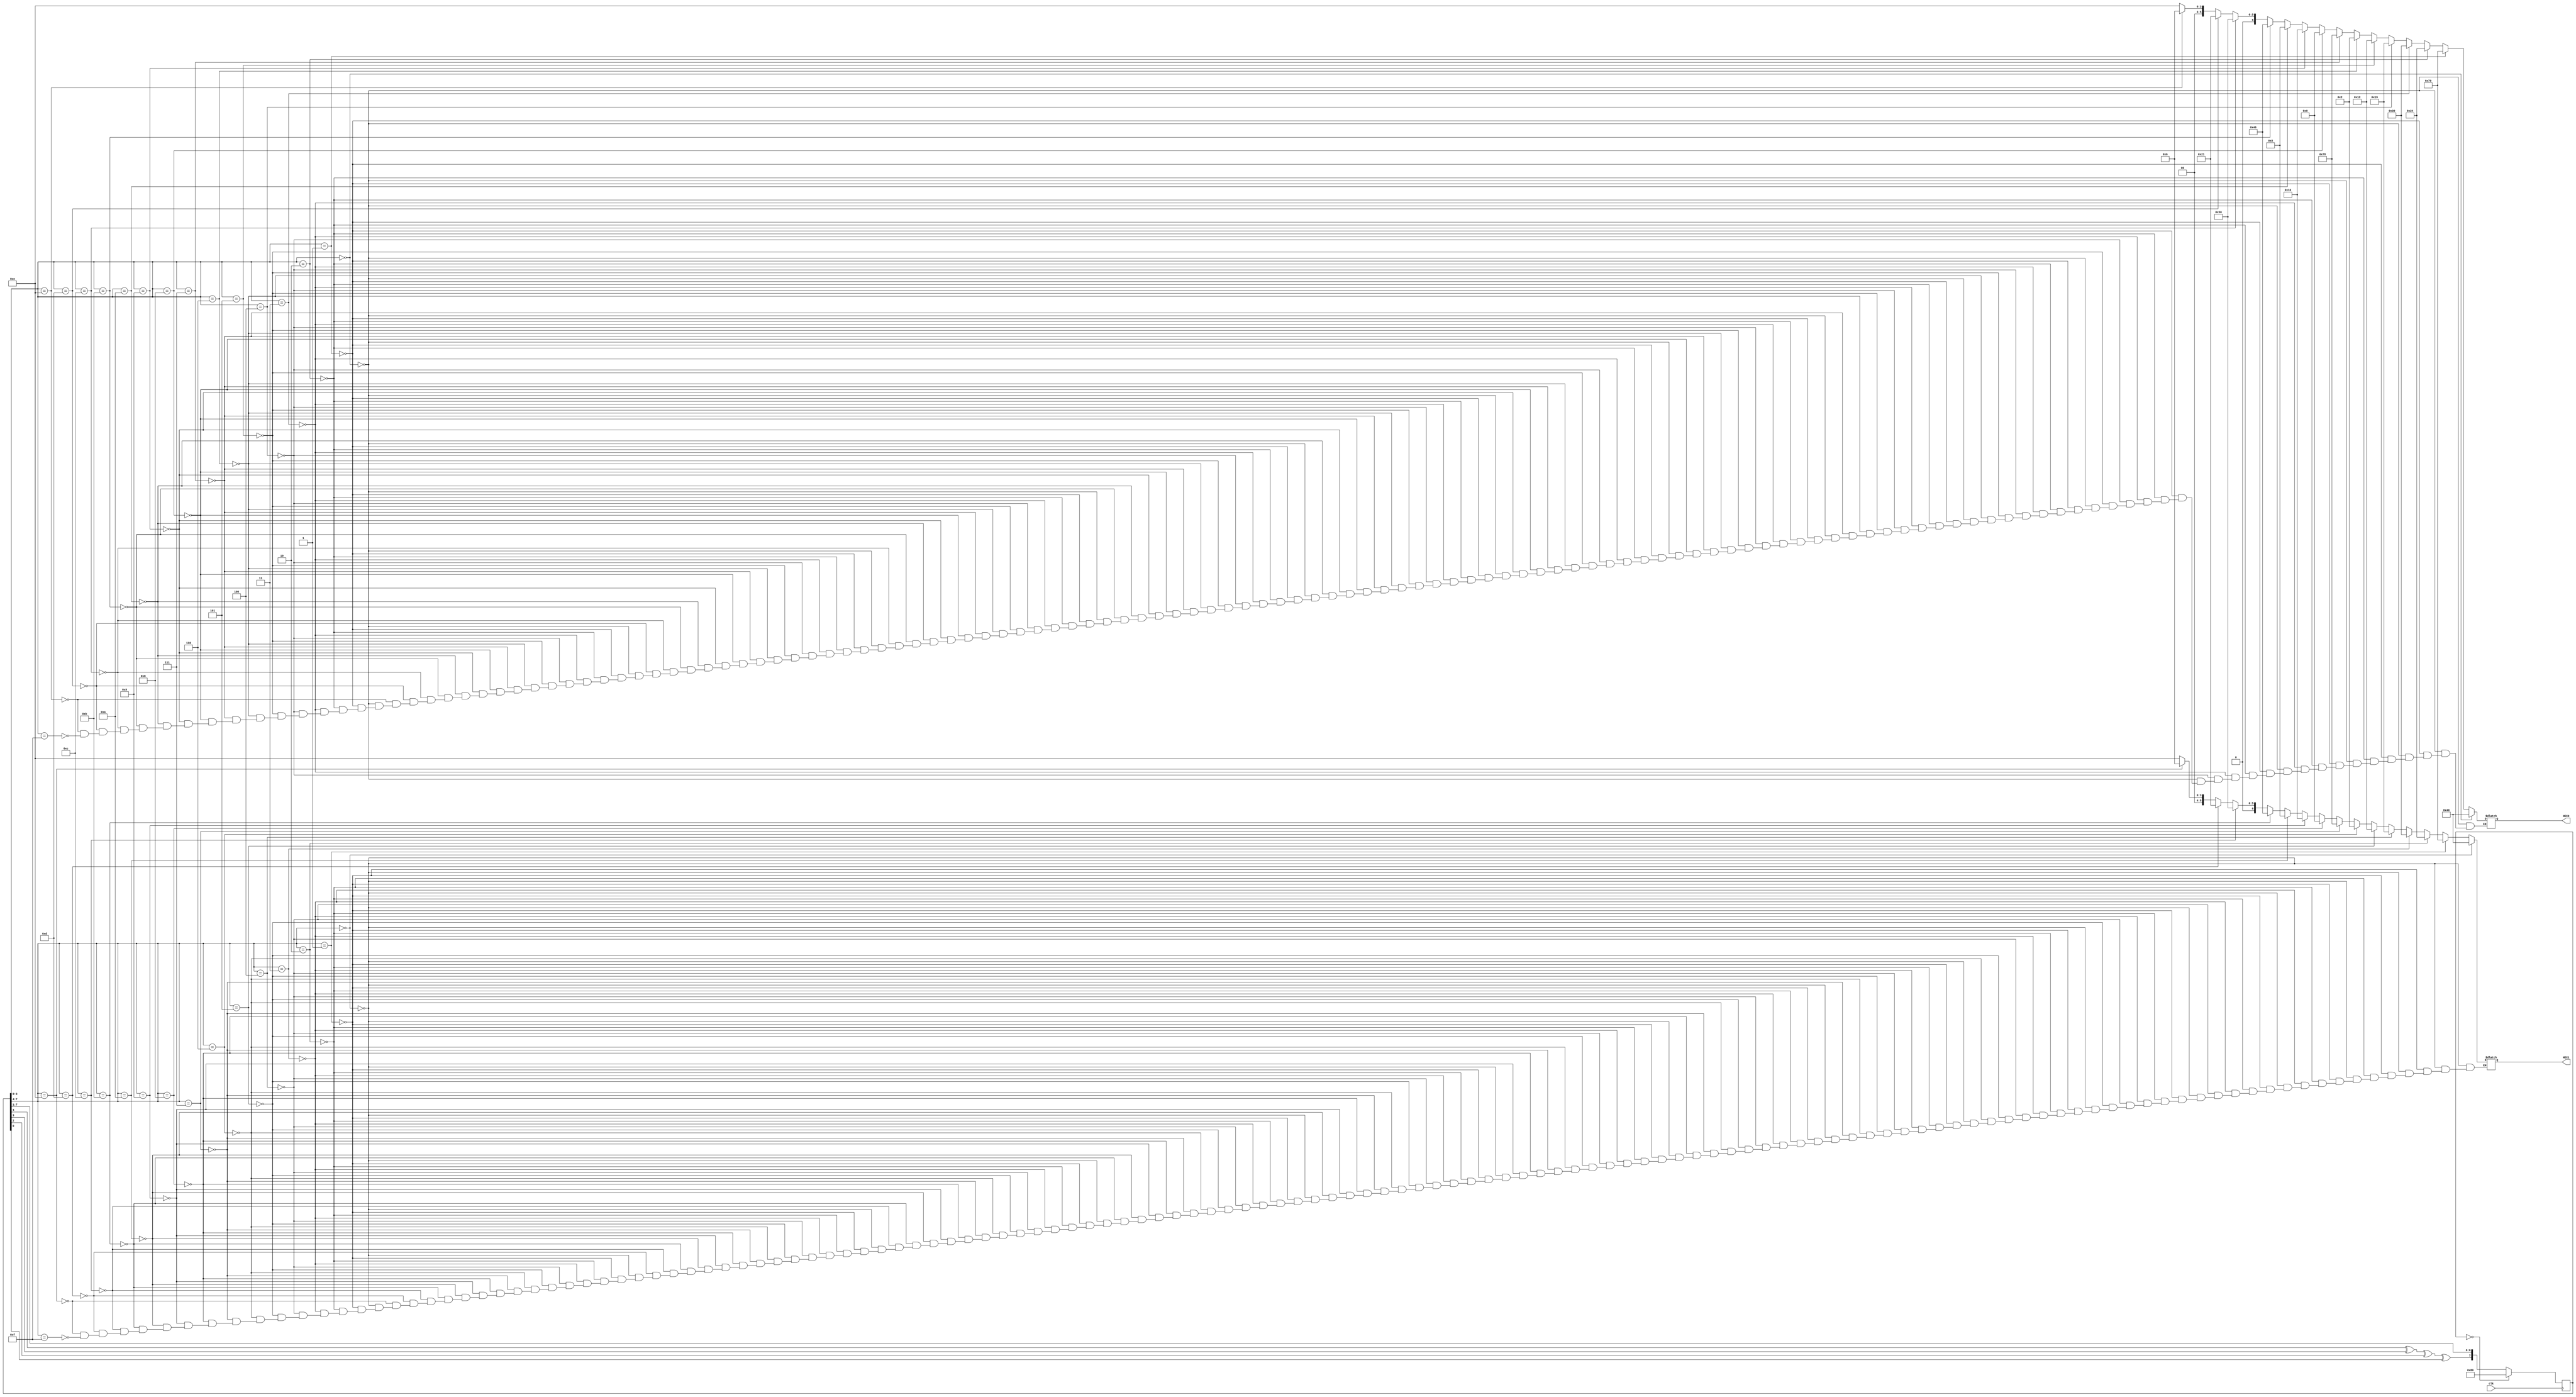
module exp6_2(clk,HEX0,HEX1);
	input clk;
	output reg [6:0] HEX0;
	output reg [6:0] HEX1;
	reg [7:0] data_out=8'b00000000;
	integer i;
	always @(posedge clk)
	begin
		if(data_out==8'b00000000)
			data_out=8'b10000000;
		else
			data_out={data_out[4]^data_out[3]^data_out[2]^data_out[0],data_out[7:1]};
	end
	always @(*)
	begin
			if(data_out[3:0]==4'b0000)
				HEX0=7'b1000000;
			else if(data_out[3:0]==4'b0001)
				HEX0=7'b1111001;
			else if(data_out[3:0]==4'b0010)
				HEX0=7'b0100100;	
			else if(data_out[3:0]==4'b0011)
				HEX0=7'b0110000;
			else if(data_out[3:0]==4'b0100)
				HEX0=7'b0011001;
			else if(data_out[3:0]==4'b0101)
				HEX0=7'b0010010;
			else if(data_out[3:0]==4'b0110)
				HEX0=7'b0000010;	
			else if(data_out[3:0]==4'b0111)
				HEX0=7'b1111000;	
			else if(data_out[3:0]==4'b1000)
				HEX0=7'b0000000;
			else if(data_out[3:0]==4'b1001)
				HEX0=7'b0010000;
			else if(data_out[3:0]==4'b1010)
				HEX0=7'b0001000;
			else if(data_out[3:0]==4'b1011)
				HEX0=7'b1000110;	
			else if(data_out[3:0]==4'b1100)
				HEX0=7'b0110000;
			else if(data_out[3:0]==4'b1101)
				HEX0=7'b0100001;
			else if(data_out[3:0]==4'b1110)
				HEX0=7'b0000110;
			else if(data_out[3:0]==4'b1111)
				HEX0=7'b0001110;
			
			if(data_out[7:4]==4'b0000)
				HEX1=7'b1000000;
			else if(data_out[7:4]==4'b0001)
				HEX1=7'b1111001;
			else if(data_out[7:4]==4'b0010)
				HEX1=7'b0100100;	
			else if(data_out[7:4]==4'b0011)
				HEX1=7'b0110000;
			else if(data_out[7:4]==4'b0100)
				HEX1=7'b0011001;
			else if(data_out[7:4]==4'b0101)
				HEX1=7'b0010010;
			else if(data_out[7:4]==4'b0110)
				HEX1=7'b0000010;	
			else if(data_out[7:4]==4'b0111)
				HEX1=7'b1111000;	
			else if(data_out[7:4]==4'b1000)
				HEX1=7'b0000000;
			else if(data_out[7:4]==4'b1001)
				HEX1=7'b0010000;
			else if(data_out[7:4]==4'b1010)
				HEX1=7'b0001000;
			else if(data_out[7:4]==4'b1011)
				HEX1=7'b1000110;	
			else if(data_out[7:4]==4'b1100)
				HEX1=7'b0110000;
			else if(data_out[7:4]==4'b1101)
				HEX1=7'b0100001;
			else if(data_out[7:4]==4'b1110)
				HEX1=7'b0000110;
			else if(data_out[7:4]==4'b1111)
				HEX1=7'b0001110;		
	end			
endmodule